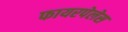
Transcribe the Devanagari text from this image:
फायरपेलेस